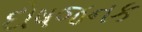
દોષજનક